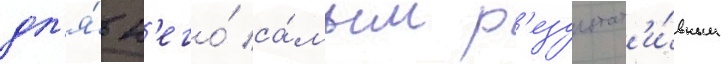
дл'я́ н'его́ са́мым р'езультат'и́вным